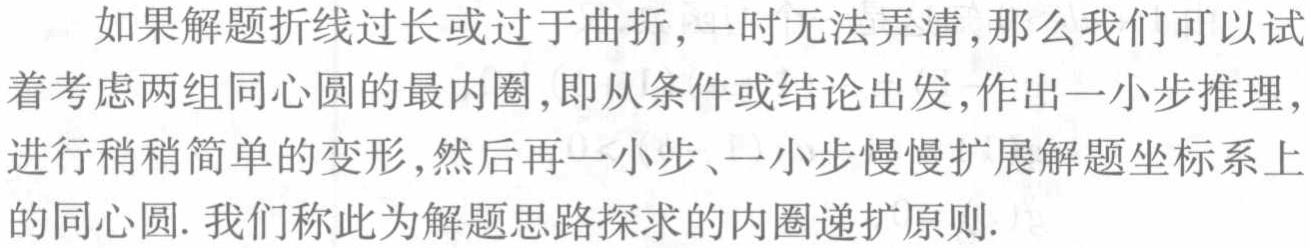
如果解题折线过长或过于曲折,一时无法弄清,那么我们可以试着考虑两组同心圆的最内圈,即从条件或结论出发,作出一小步推理,进行稍稍简单的变形,然后再一小步、一小步慢慢扩展解题坐标系上的同心圆. 我们称此为解题思路探求的内圈递扩原则.